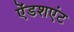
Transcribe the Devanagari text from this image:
ऐंडशएंट